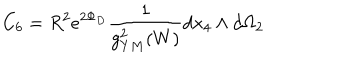
C _ { 6 } = R ^ { 2 } e ^ { 2 \Phi _ { D } } { \frac { 1 } { g _ { Y M } ^ { 2 } ( W ) } } d x _ { 4 } \wedge d \Omega _ { 2 }